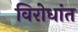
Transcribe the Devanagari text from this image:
विरोधांत